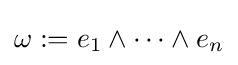
\omega :=e_{1}\wedge \cdots \wedge e_{n}